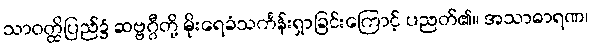
သာဝတ္ထိပြည်၌ ဆဗ္ဗဂ္ဂီတို့ မိုးရေခံသင်္ကန်းရှာခြင်းကြောင့် ပညတ်၏။ အသာဓာရဏ၊